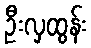
ဦးလှထွန်း